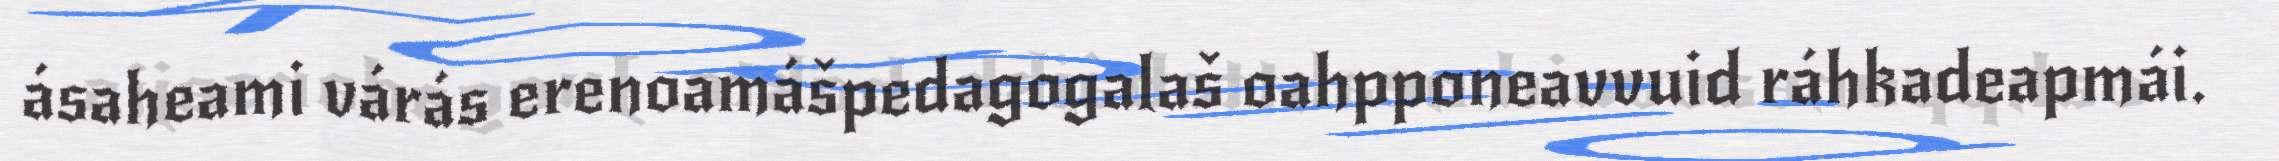
ásaheami várás erenoamášpedagogalaš oahpponeavvuid ráhkadeapmái.